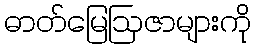
ဓာတ်မြေဩဇာများကို